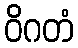
ဝိဂတံ